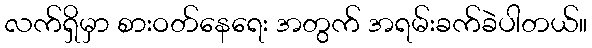
လက်ရှိမှာ စားဝတ်နေရေး အတွက် အရမ်းခက်ခဲပါတယ်။